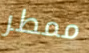
ممطر